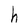
Character: h